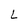
Character: L